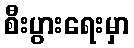
စီးပွားရေးမှာ